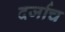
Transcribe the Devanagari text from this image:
दर्जाच